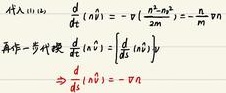
代入 (1.10) $\frac{d}{dt}\langle n \rangle = - \nu \left( \frac{n^2 - n_0^2}{m} \right) = - \frac{n}{m} \nu \langle n \rangle$
再作一步近似 $\frac{d}{dt}\langle n \rangle = \frac{d}{dt} \langle n \rangle y$
$\Rightarrow \frac{d}{dt}\langle n \rangle = - \nu n$